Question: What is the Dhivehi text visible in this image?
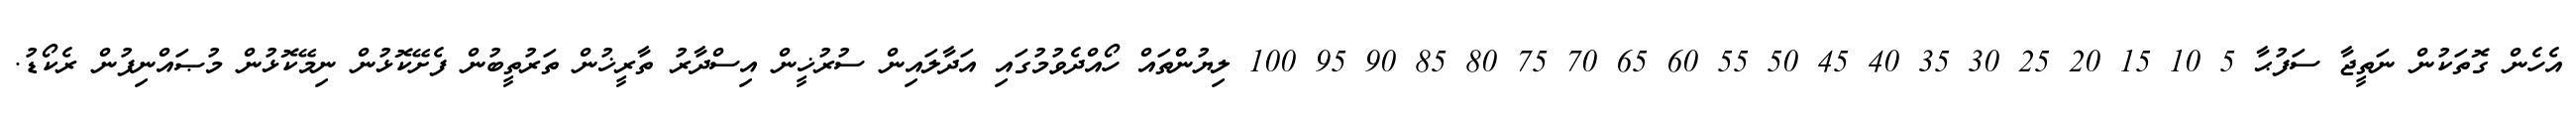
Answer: އެހެން ގޮތަކުން ނަތީޖާ ސަފުޙާ 5 10 15 20 25 30 35 40 45 50 55 60 65 70 75 80 85 90 95 100 ލިޔުންތައް ހޯއްދެވުމުގައި އަދާލައިން ސުރުޚީން އިސްދާރު ތާރީޚުން ތަރުތީބުން ފެށޭކޮޅުން ނިމޭކޮޅުން މުޞައްނިފުން ރެކޯޑު.